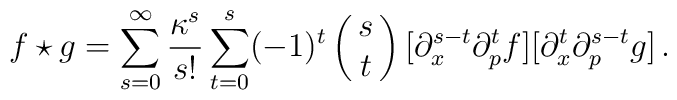
f\star g = \sum_{s=0}^\infty \frac{\kappa^s}{s!} \sum_{t=0}^s(-1)^t \pmatrix{ s \cr t \cr}[\partial_x^{s-t} \partial_p^t f][\partial_x^t \partial_p^{s-t} g]\,.